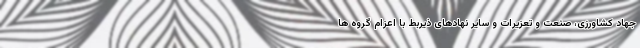
جهاد کشاورزی، صنعت و تعزیرات و سایر نهادهای ذیربط با اعزام گروه ها